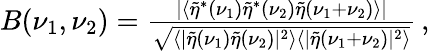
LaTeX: \begin{array}{r}{B(\nu_{1},\nu_{2})=\frac{\left|\left\langle\tilde{\eta}^{*}(\nu_{1})\tilde{\eta}^{*}(\nu_{2})\tilde{\eta}(\nu_{1}+\nu_{2})\right\rangle\right|}{\sqrt{\langle|\tilde{\eta}(\nu_{1})\tilde{\eta}(\nu_{2})|^{2}\rangle\langle|\tilde{\eta}(\nu_{1}+\nu_{2})|^{2}\rangle}}\mathrm{\, ,}}\end{array}